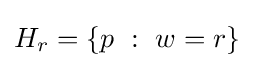
H_{r}=\lbrace p\ :\ w=r\rbrace